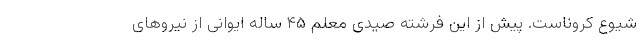
شیوع کروناست. پیش از این فرشته صیدی معلم ۴۵ ساله ایوانی از نیروهای